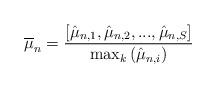
LaTeX: \begin{align*} \overline{\mu}_n = \frac{[\hat{\mu}_{n, 1}, \hat{\mu}_{n,2}, ..., \hat{\mu}_{n,S}]}{\max_k{(\hat{\mu}_{n,i}})}\end{align*}